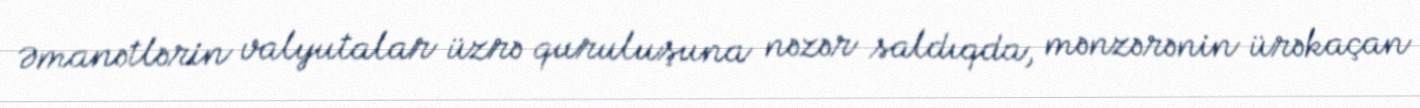
Əmanətlərin valyutalar üzrə quruluşuna nəzər saldıqda, mənzərənin ürəkaçan